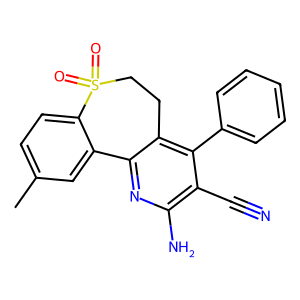
SMILES: Cc1ccc2c(c1)-c1nc(N)c(C#N)c(-c3ccccc3)c1CCS2(=O)=O
Inhibits HIV replication: No